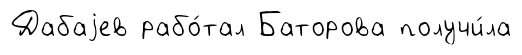
Дабаjев рабо́тал Баторова получи́ла